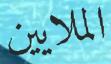
الملايين